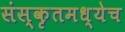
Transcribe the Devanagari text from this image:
संस्कृतमध्येच